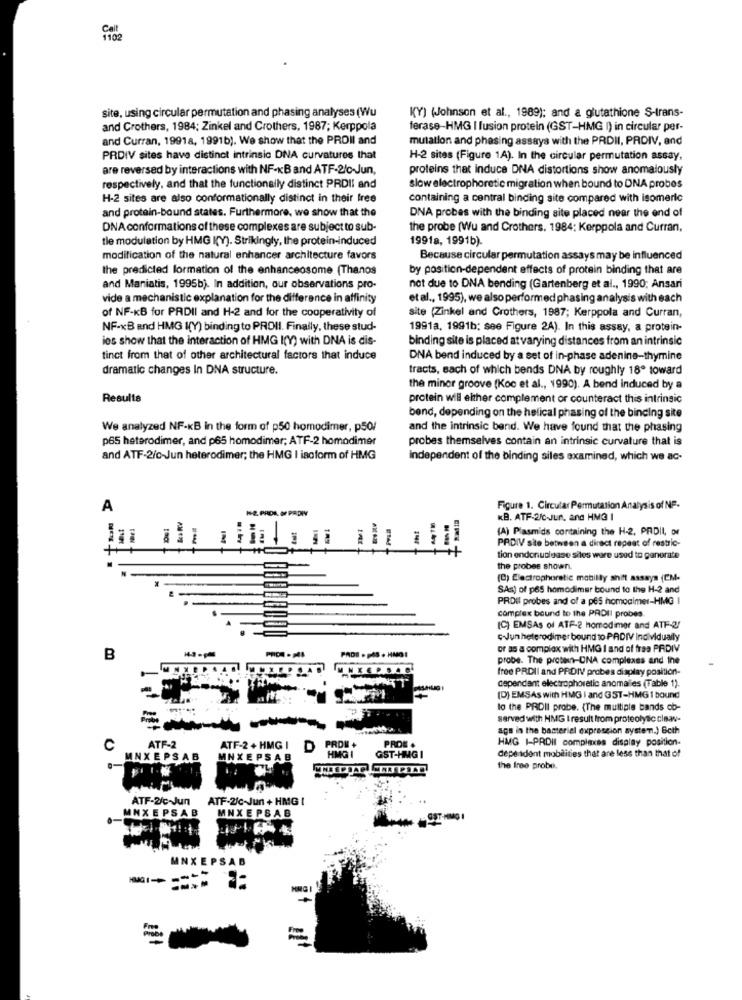
1102
site, using circular permutation and phasing analyses (Wu
KY) (Johnson et al ., 1989); and a glutathione S-trans-
and Crothers, 1984; Zinkel and Crothers, 1987; Kerppola
ferase-HMG I fusion protein (GST-HMG I) in circular per-
and Curran, 19918, 1991b). We show that the PROII and
mutation and phasing assays with the PRDII, PRDIV, and
PRDIV sites have distinct intrinsic DNA curvatures that
H-2 sites (Figure 1A). In the circular permutation assay,
are reversed by interactions with NF-KB and ATF-2/c-Jun,
proteins that induce DNA distortions show anomalously
respectively, and that the functionally distinct PRDII and
slow electrophoretic migration when bound to DNA probes
H-2 sites are also conformationally distinct in their free
containing a central binding site compared with isomerle
and protein-bound states. Furthermore, we show that the
DNA probes with the binding site placed near the end of
DNA conformations of these complexes are subject to sub-
the probe (Wu and Crothers. 1984; Kerppola and Curran,
tle modulation by HMG I(Y). Strikingly, the protein-induced
19918, 1991b).
modification of the natural enhancer architecture favors
Because circular permutation assays may be influenced
the predicted formation of the enhanceosome (Thanos
by position-dependent effects of protein binding that are
and Maniatis, 1995b). In addition, our observations pro-
not due to DNA bending (Gartenberg et al ., 1990; Ansari
vide a mechanistic explanation for the difference in affinity
etal ., 1995), we also performed phasing analysis with each
of NF-KB for PRDII and H-2 and for the cooperativity of
site (Zinkel and Crothers, 1987; Kerppola and Curran,
NF-xB and HMG K(Y) binding to PROII. Finally, these stud-
1991a, 1991b; see Figure 24). In this assay, a protein-
les show that the interaction of HMG I(Y) with DNA is dis-
binding site is placed at varying distances from an intrinsic
tinct from that of other architectural factors that induce
DNA bend induced by a set of in-phase adenine-thymine
dramatic changes In DNA structure.
tracts, each of which bends DNA by roughly 18º toward
the minor groove (Koc et al ., 1990). A bend induced by a
Results
protein will either complement or counteract this intrinsic
bend, depending on the helical phasing of the binding site
We analyzed NF-KB in the form of p50 homodimer, p50/
and the intrinsic band. We have found that the phasing
p65 heterodimer, and p65 homodimer; ATF-2 homodimer
probes themselves contain an intrinsic curvature that is
and ATF-2/c-Jun heterodimer; the HMG | isoform of HMG
independent of the binding siles examined, which we ac-
A
H-2. PROR. OF PRDIY
Figure 1. Circular Permutation Analysis of NF-
KB. ATF-2/C-Jun, and HMG I
(A) Plasmids containing the H-2. PRDIL, or
IM
PRDIV site between a direct repeat of restric-
tion endonuclease sites were used to generate
the probes shown.
(C) Electrophoretic mabilly shift assays (CM-
SAs) of p65 homodimer bound to the H-2 and
PRDI probes and of a p65 homocimer-HMG I
complex bound to the PADII probes.
(C) EMSAs of ATF-2 homodimer and ATF-2/
GJJunheterodimer bound to PADIV Individually
PRON . 14S
PADS · påS . HMOI
or as a complex with HMG I and of fraa PRIDIV
B
probe. The proten-ONA complexes and Ine
free PRDII and PRIDIV probes diaplay position-
cependant electrophoretic anomalies (Table 1).
(D) EMSAs with HMG | and GST-HMG 1 bound
to the PRDII probe. (The multiple bands ob-
served with HMG I result from proteolytic ciaav-
aga in the bacteriel expression system.) Both
HMG I-PRDII complexes display position-
C
ATF-2
ATF-2 + HMG I
D PROM+
PROE .
dependent mobilities that are less than that of
MNXEPSAB
MNXEPSAB
HMG I
GST-HMG I
the free probe
ATF-2/c-Jun
ATF-2/c-Jun + HMG I
MNXEPSAB
MNXEPSAB
MNXEPSAB